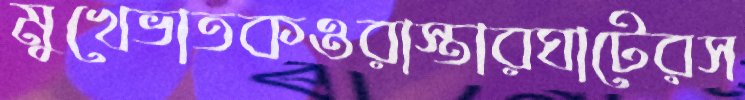
মুখেভাতকওরাস্তারঘাটেরস